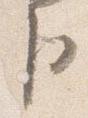
臣